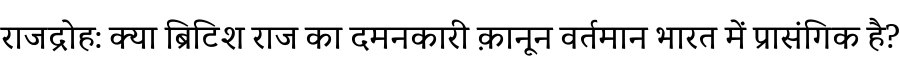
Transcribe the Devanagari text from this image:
राजद्रोह: क्या ब्रिटिश राज का दमनकारी क़ानून वर्तमान भारत में प्रासंगिक है?